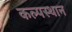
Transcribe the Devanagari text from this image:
कल्पस्थान